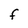
Character: F